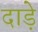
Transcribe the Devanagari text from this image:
दाड़े